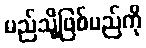
မည်သို့ဖြစ်မည်ကို